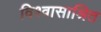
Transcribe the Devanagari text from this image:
विश्वासाश्रित